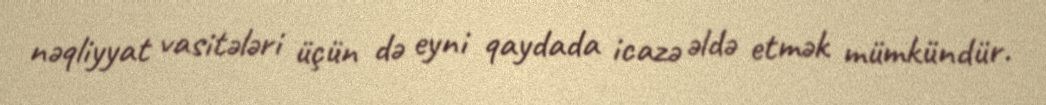
nəqliyyat vasitələri üçün də eyni qaydada icazə əldə etmək mümkündür.